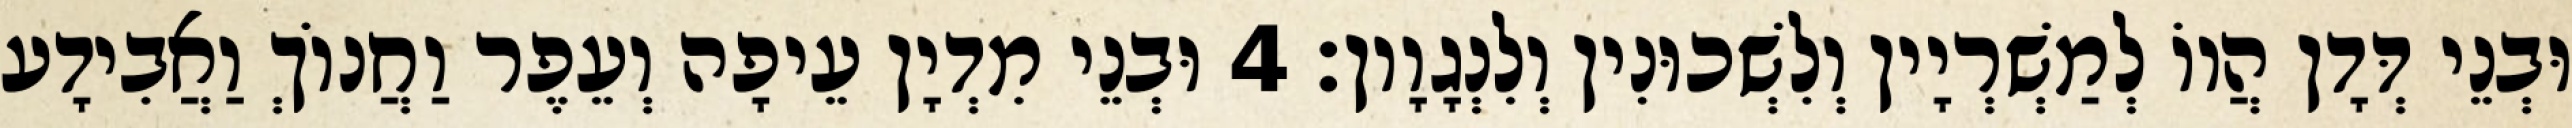
וּבְנֵי דְּדָן הֲווֹ לְמַשְׁרְיָין וְלִשְׁכוּנִין וְלִנְגָוָון׃ 4 וּבְנֵי מִדְיָן עֵיפָה וְעֵפֶר וַחֲנוֹךְ וַאֲבִידָע